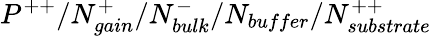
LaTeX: P^{++}/N_{gain}^{+}/N_{bulk}^{-}/N_{buffer}/N_{substrate}^{++}